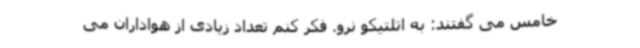
خامس می گفتند: به اتلتیکو نرو. فکر کنم تعداد زیادی از هواداران می